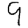
Digit: 9